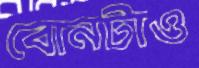
বোনটাও